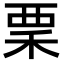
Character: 䅇